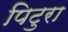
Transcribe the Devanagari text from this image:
पिटुरा